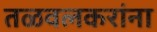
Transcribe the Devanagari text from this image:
तळवलकरांना